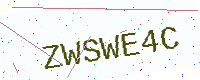
Text: ZWSWE4C